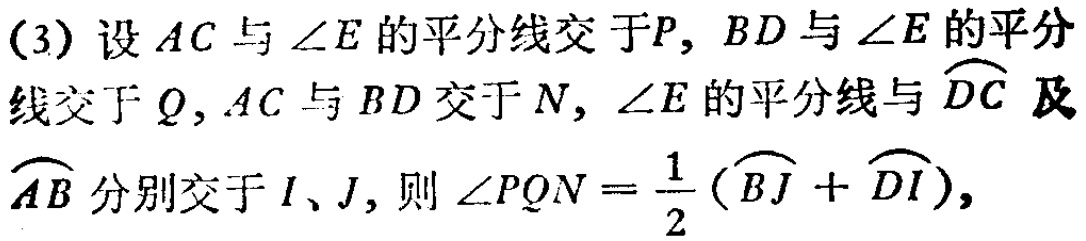
(3) 设 \(AC\) 与 \(\angle E\) 的平分线交于 \(P\)，\(BD\) 与 \(\angle E\) 的平分线交于 \(Q\)，\(AC\) 与 \(BD\) 交于 \(N\)，\(\angle E\) 的平分线与 \(\overset{\frown}{DC}\) 及 \(\overset{\frown}{AB}\) 分别交于 \(I\)、\(J\)，则 \(\angle PQN = \frac{1}{2}(\overset{\frown}{BJ} + \overset{\frown}{DI})\)，